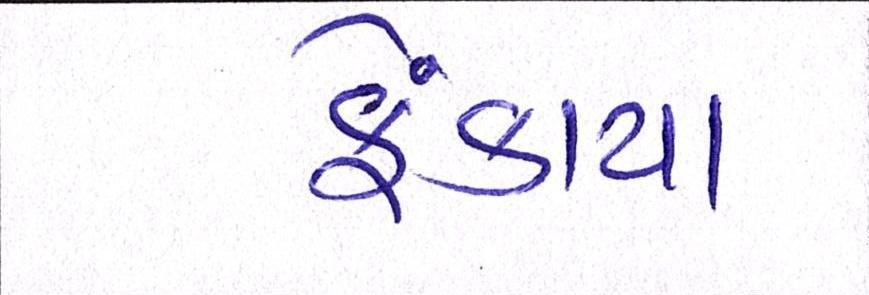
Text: ફેંકાયા